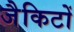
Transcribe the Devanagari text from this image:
जैकिटों